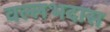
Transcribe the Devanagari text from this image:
वल्लभदास